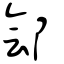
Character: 鄶